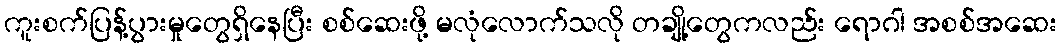
ကူးစက်ပြန့်ပွားမှုတွေရှိနေပြီး စစ်ဆေးဖို့ မလုံလောက်သလို တချို့တွေကလည်း ရောဂါ အစစ်အဆေး